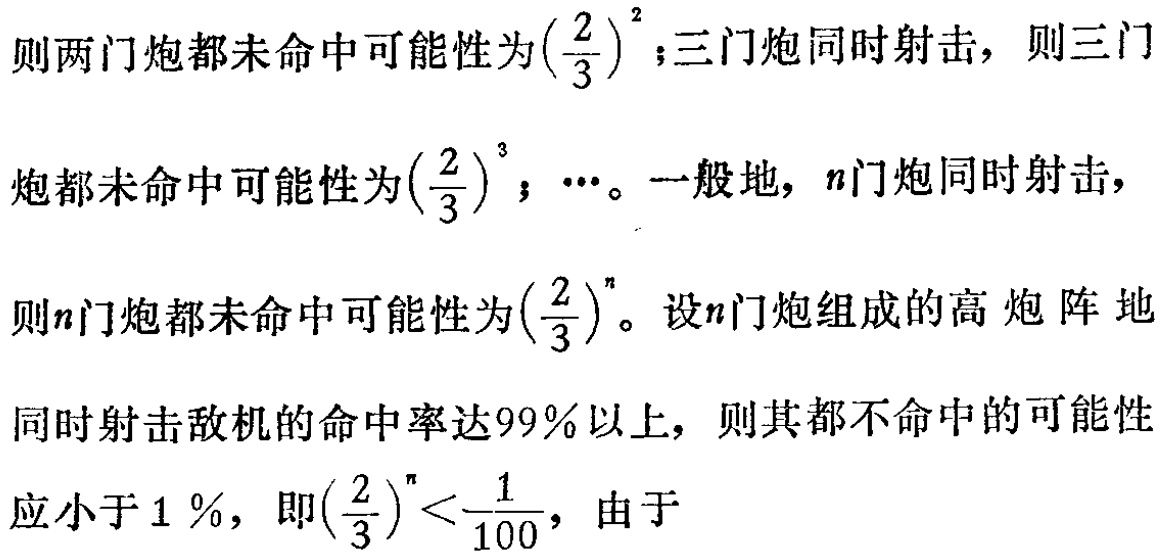
则两门炮都未命中可能性为\((\frac{2}{3})^{2}\)；三门炮同时射击，则三门

炮都未命中可能性为\((\frac{2}{3})^{3}\)；\(\cdots\)。一般地，\(n\)门炮同时射击，

则\(n\)门炮都未命中可能性为\((\frac{2}{3})^{n}\)。设\(n\)门炮组成的高炮阵地

同时射击敌机的命中率达\(99\%\)以上，则其都不命中的可能性

应小于\(1\%\)，即\((\frac{2}{3})^{n}<\frac{1}{100}\)，由于